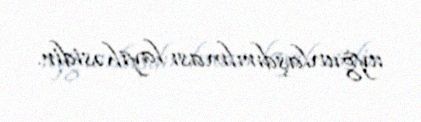
uyğunlaşdırılması layihəsidir.